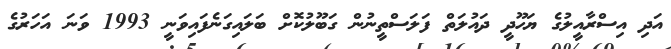
އަދި އިސްރާއީލުގެ ޔަހޫދީ ދައުލަތް ފަލަސްތީނުން ގަބޫލުކޮށް ބަލައިގަނެފައިވަނީ 1993 ވަނަ އަހަރުގެ